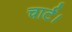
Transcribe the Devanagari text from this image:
चार्ट।